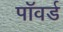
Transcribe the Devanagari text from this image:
पॉवर्ड